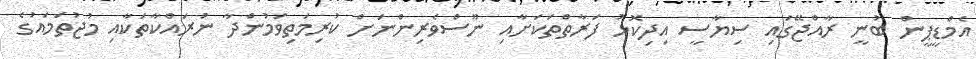
އެމްޑީޕީން ބުނީ ރާއްޖޭގައި ސިޔާސީ އިދިކޮޅު ފަރާތްތަކަށާއި ނޫސްވެރިންނަށް ކުރިމަތިވަމުންދާ ނުރައްކާތަކާއި މުޖުތަމައުގެ